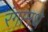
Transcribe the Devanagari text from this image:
रंगामधे